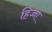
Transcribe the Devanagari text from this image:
हिज्जा